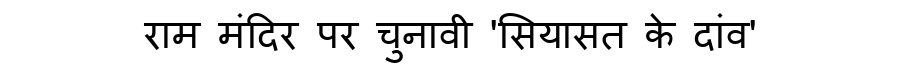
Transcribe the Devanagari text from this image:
राम मंदिर पर चुनावी 'सियासत के दांव'